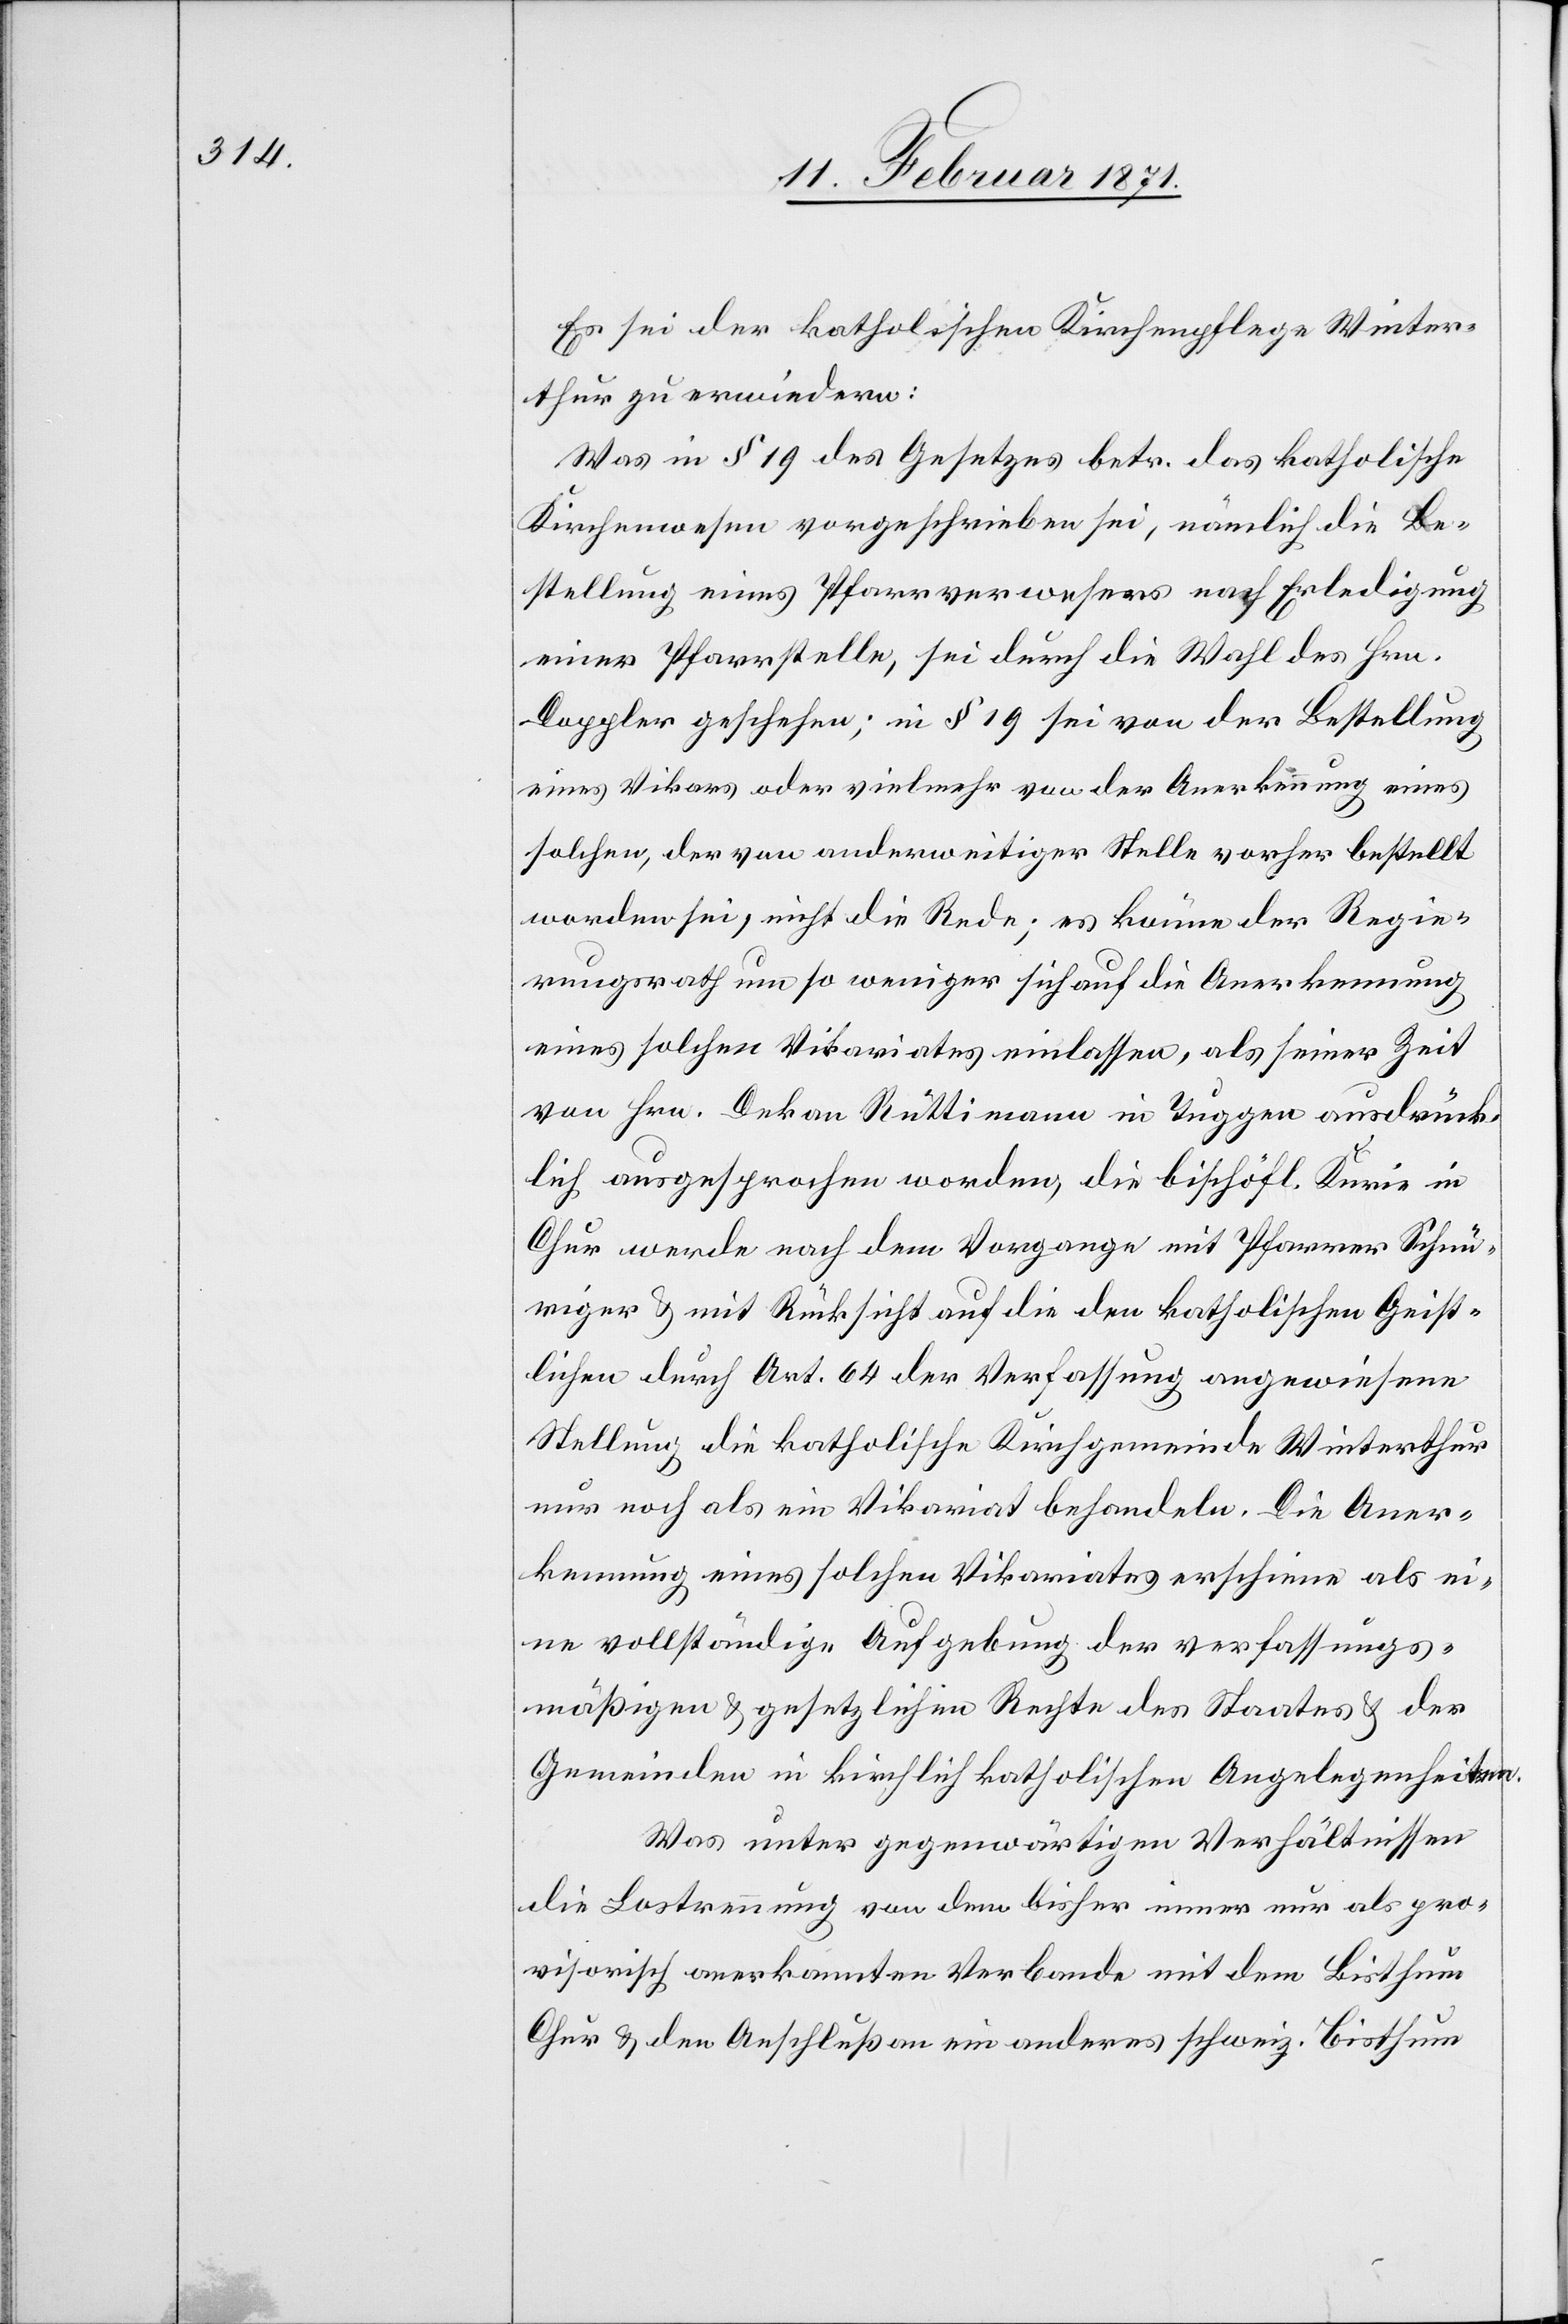
Es sei der katholischen Kirchenpflege Winter¬
thur zu erwiedern:
Was in § 19 des Gesetzes betr. das katholische
Kirchenwesen vorgeschrieben sei, nämlich die Be¬
stellung eines Pfarrverwesers nach Erledigung
einer Pfarrstelle, sei durch die Wahl des Hrn.
Doppler geschehen; in § 19 sei von der Bestellung
eines Vikars oder vielmehr von der Anerkennung eines
solchen, der von anderweitiger Stelle vorher bestellt
worden sei, nicht die Rede; es könne der Regie¬
rungsrath um so weniger sich auf die Anerkennung
eines solchen Vikariates einlassen, als seiner Zeit
von Hrn. Dekan Rüttimann in Tuggen ausdrück¬
lich ausgesprochen worden, die bischöfl. Kurie in
Chur werde nach dem Vorgang mit Pfarrer Schnü¬
riger u. mit Rücksicht auf die den katholischen Christ¬
lichen durch Art. 64 der Verfassung angewiesene
Stellung die katholische Kirchgemeinde Winterthur
nur noch als ein Vikariat behandeln. Die Aner¬
kennung eines solchen Vikariates erschiene als ei¬
ne vollständige Aufgebung der verfassungs¬
mäßigen u. gesetzlichen Rechte des Staates u. der
Gemeinden in kirchlich katholischen Angelegenheiten.
Was unter gegenwärtigen Verhältnissen
die Lostrennung von dem bisher immer nur als pro¬
visorisch anerkannten Verbande mit dem Bisthum
Chur u. den Anschluß an ein anderes schweiz. Bisthum